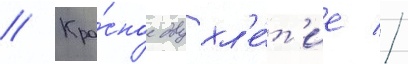
// Кра́сное двухл'е́т'ие //